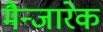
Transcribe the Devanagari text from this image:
मैन्जारेक